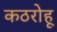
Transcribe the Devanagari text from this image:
कठरोहू